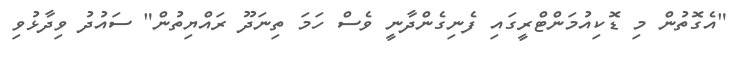
"އެގޮތުން މި ޑޮކިއުމަންޓްރީގައި ފެނިގެންދާނީ ވެސް ހަަމަ ތިނަދޫ ރައްޔިތުން" ސައުދު ވިދާޅުވި